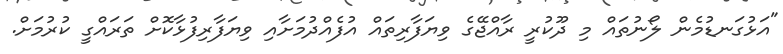
"އަޅުގަނޑުމެން ލޯނުތައް މި ދޫކުރީ ރާއްޖޭގެ ވިޔަފާރިތައް އުފެއްދުމަށާއި ވިޔަފާރިފުޅާކޮށް ތަރައްގީ ކުރުމަށް.